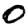
Digit: 0